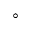
^ \circ